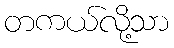
တကယ်လို့သာ